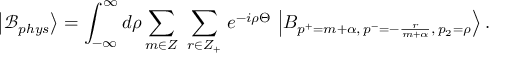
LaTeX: \left| \mathcal { B } _ { p h y s } \right\rangle = \int _ { - \infty } ^ { \infty } d \rho \sum _ { m \in Z } \ \sum _ { r \in Z _ { + } } \, e ^ { - i \rho \Theta } \, \left| B _ { p ^ { + } = m + \alpha , \, p ^ { - } = - \frac { r } { m + \alpha } , \, p _ { 2 } = \rho } \right\rangle .